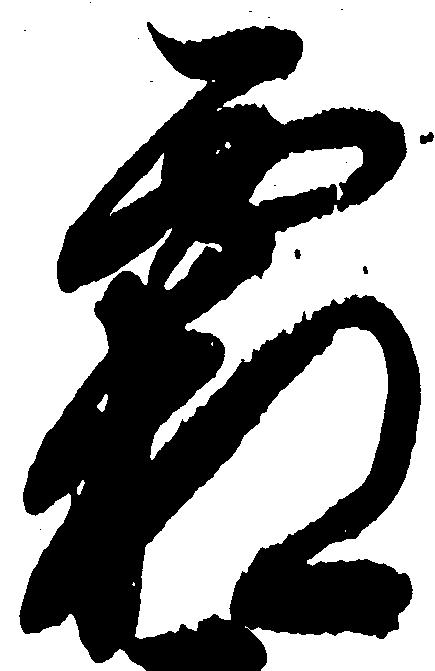
霜